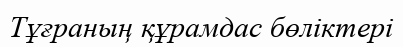
Тұғраның құрамдас бөліктері